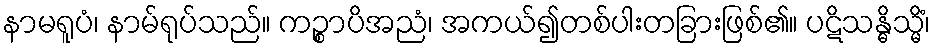
နာမရူပံ၊ နာမ်ရုပ်သည်။ ကဉ္စာပိအညံ၊ အကယ်၍တစ်ပါးတခြားဖြစ်၏။ ပဋိသန္ဓိသ္မိံ၊